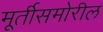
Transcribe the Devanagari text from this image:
मूर्तीसमोरील